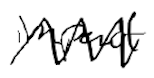
Text: impact
Cross-out: zig-zag
Writing tool: digital_black